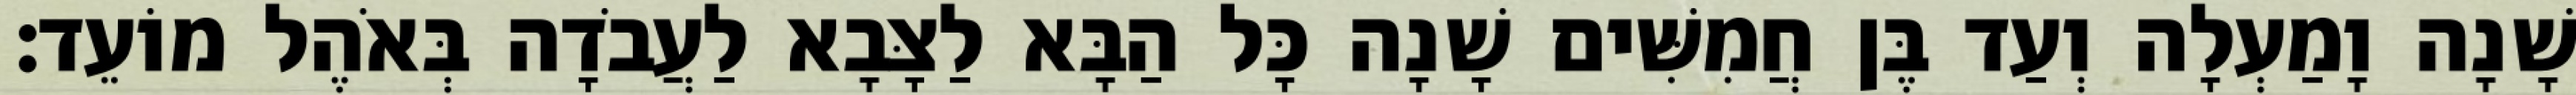
שָׁנָה וָמַעְלָה וְעַד בֶּן חֲמִשִּׁים שָׁנָה כָּל הַבָּא לַצָּבָא לַעֲבֹדָה בְּאֹהֶל מוֹעֵד׃